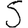
Digit: 5